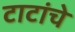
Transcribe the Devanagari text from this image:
टाटांचे